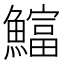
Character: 𫙻